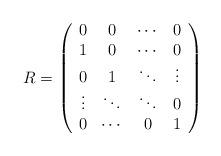
LaTeX: \begin{align*}R=\left( \begin{array}{cccccccc}0 & 0 & \cdots & 0 \\1 & 0 & \cdots & 0 \\0 & 1 & \ddots & \vdots\\\vdots & \ddots & \ddots & 0\\0 & \cdots & 0 & 1 \end{array} \right)\end{align*}